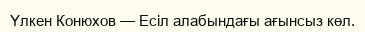
Үлкен Конюхов — Есіл алабындағы ағынсыз көл.